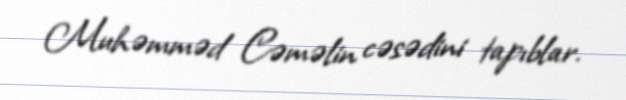
Muhəmməd Cəməlin cəsədini tapıblar.